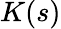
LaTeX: K(s)